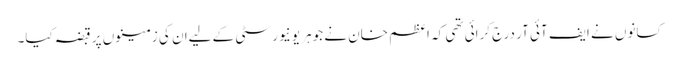
کسانوں نے ایف آئی آر درج کرائی تھی کہ اعظم خان نے جوہر یونیورسٹی کے لیےان کی زمینوں پر قبضہ کیا۔